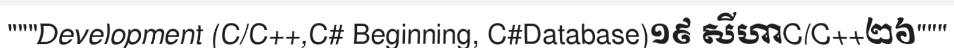
"""Development (C/C++,C# Beginning, C#Database)១៩ សីហាC/C++២៦"""